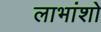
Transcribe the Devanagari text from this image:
लाभांशो